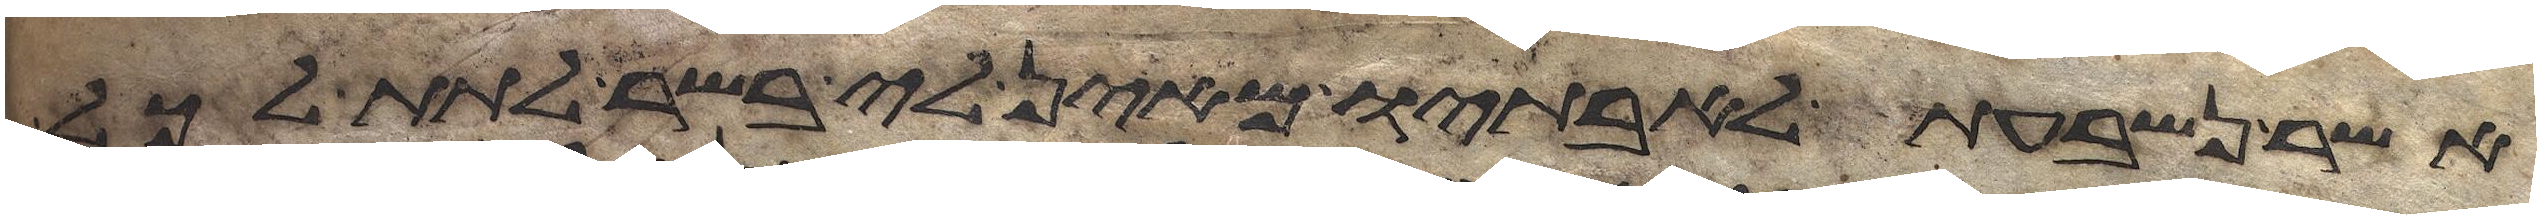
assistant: אשר נשבעת לאבתיו מאין לי בשר לתת לכל